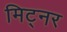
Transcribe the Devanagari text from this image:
मिट्नर